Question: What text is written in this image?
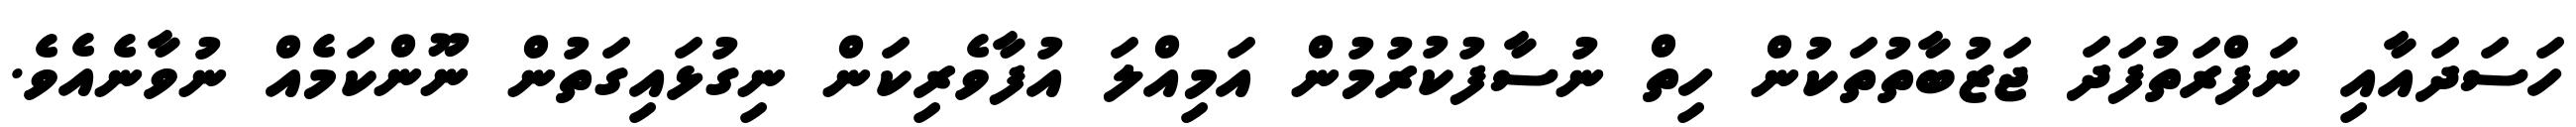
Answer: ހަސަދައާއި ނަފްރަތުފަދަ ޖަޒުބާތުތަކުން ހިތް ނުސާފުކުރުމުން އަމިއްލަ އުފާވެރިކަން ނިގުޅައިގަތުން ނޫންކަމެއް ނުވާނެއެވެ.